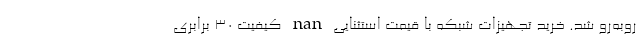
روبه‌رو شد. خرید تجهیزات شبکه با قیمت استثنایی nan کیفیت 30 برابری